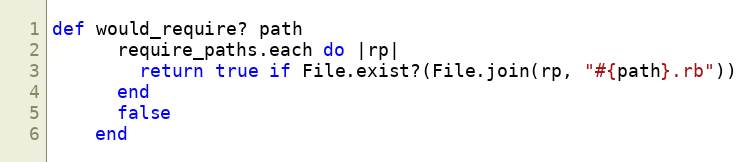
Language: Ruby
def would_require? path
      require_paths.each do |rp|
        return true if File.exist?(File.join(rp, "#{path}.rb"))
      end
      false
    end